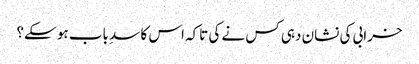
خرابی کی نشان دہی کس نے کی تاکہ اس کا سدِ باب ہو سکے؟